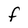
Character: F